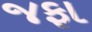
જફા